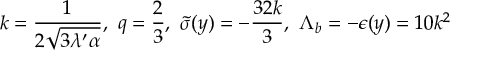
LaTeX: \hat { H } _ { g h } = ( \hat { p } _ { z } ^ { \dagger } , \hat { p } _ { z } ) + ( \hat { p } _ { \eta } ^ { \dagger } , \hat { p } _ { \eta } ) + ( \hat { z } ^ { \dagger } , \Omega ( \hat { x } ) \hat { z } ) + ( \hat { \eta } ^ { \dagger } , \Omega ( \hat { x } ) \hat { \eta } )